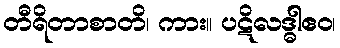
တီရိတာစာတိ၊ ကား။ ပဋိလဒ္ဓါဧဝ၊